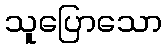
သူပြောသော